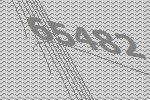
65482